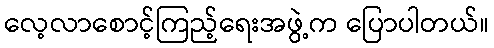
လေ့လာစောင့်ကြည့်ရေးအဖွဲ့က ပြောပါတယ်။